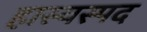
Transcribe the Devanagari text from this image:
हास्यस्पद